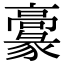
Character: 𩫞